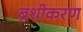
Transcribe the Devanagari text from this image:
ब्रशीकरण